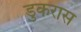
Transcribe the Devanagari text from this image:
डुकरास